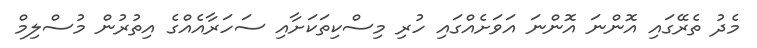
މެދު ތެރޭގައި އޮންނަ އޮންނަ އަވަށެއްގައި ހުރި މިސްކިތަކަށާއި ސަހަރާއެއްގެ އިތުރުން މުސްލިމް